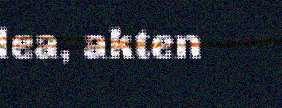
lea, akten